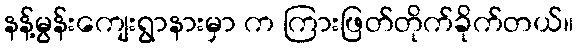
နန့်မွန်းကျေးရွာနားမှာ က ကြားဖြတ်တိုက်ခိုက်တယ်။